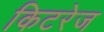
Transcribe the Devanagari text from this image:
किटरेज